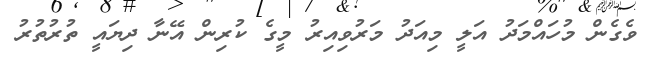
ވެގެން މުހައްމަދު އަލީ މިއަދު މަރުވިއިރު މީގެ ކުރިން އޭނާ ދިޔައީ ތުރުތުރު